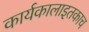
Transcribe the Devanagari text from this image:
कार्यकालाइतकाच